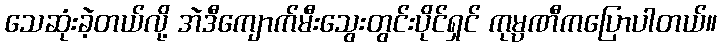
သေဆုံးခဲ့တယ်လို့ အဲဒီကျောက်မီးသွေးတွင်းပိုင်ရှင် ကုမ္ပဏီကပြောပါတယ်။